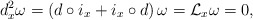
\begin{align*}d_x^2 \omega=\left(d \circ i_x+i_x \circ d\right)\omega={\cal L}_x\omega=0,\end{align*}